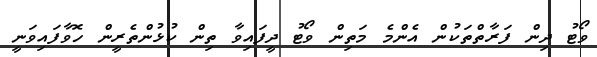
ވޯޓު ދިން ފަރާތްތަކުން އެންމެ މަތިން ވޯޓު ދީފައިވާ ތިން ކުޅުންތެރީން ހޮވާފައިވަނީ